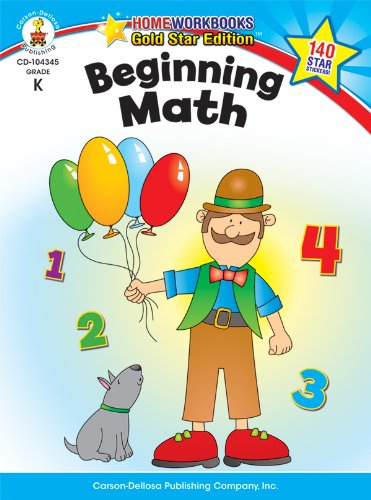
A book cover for Beginning Math, Grade K: Gold Star Edition (Home Workbooks); Children's Books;